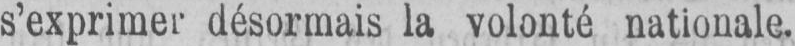
s’exprimer désormais la volonté nationale.